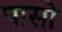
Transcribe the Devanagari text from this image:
पासो